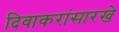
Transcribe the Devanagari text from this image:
दिवाकरांसारखे